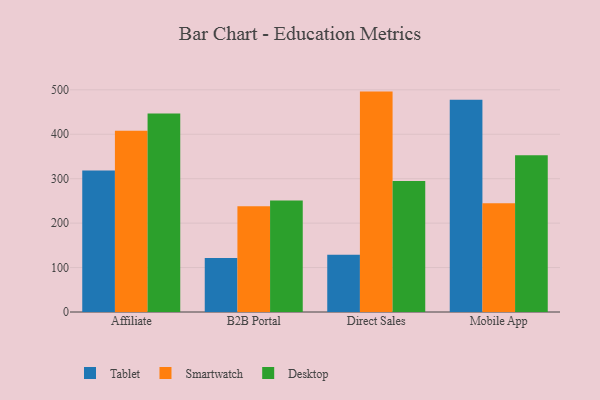
{"axis": {"x": "Channel", "y": "Shipments"}, "legend": ["Desktop", "Smartwatch", "Tablet"], "data": [{"x": "Affiliate", "y": 318.4, "type": "Tablet"}, {"x": "Affiliate", "y": 407.8, "type": "Smartwatch"}, {"x": "Affiliate", "y": 446.8, "type": "Desktop"}, {"x": "B2B Portal", "y": 121.4, "type": "Tablet"}, {"x": "B2B Portal", "y": 238.0, "type": "Smartwatch"}, {"x": "B2B Portal", "y": 251.1, "type": "Desktop"}, {"x": "Direct Sales", "y": 129.1, "type": "Tablet"}, {"x": "Direct Sales", "y": 496.0, "type": "Smartwatch"}, {"x": "Direct Sales", "y": 294.6, "type": "Desktop"}, {"x": "Mobile App", "y": 477.7, "type": "Tablet"}, {"x": "Mobile App", "y": 244.8, "type": "Smartwatch"}, {"x": "Mobile App", "y": 352.9, "type": "Desktop"}]}